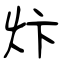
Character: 炞